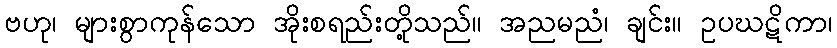
ဗဟု၊ များစွာကုန်သော အိုးစရည်းတို့သည်။ အညမညံ၊ ချင်း။ ဥပဃဋိကာ၊